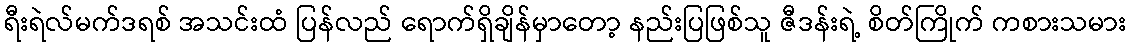
ရီးရဲလ်မက်ဒရစ် အသင်းထံ ပြန်လည် ရောက်ရှိချိန်မှာတော့ နည်းပြဖြစ်သူ ဇီဒန်းရဲ့ စိတ်ကြိုက် ကစားသမား